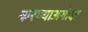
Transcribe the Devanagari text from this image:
करण्याअगोदर